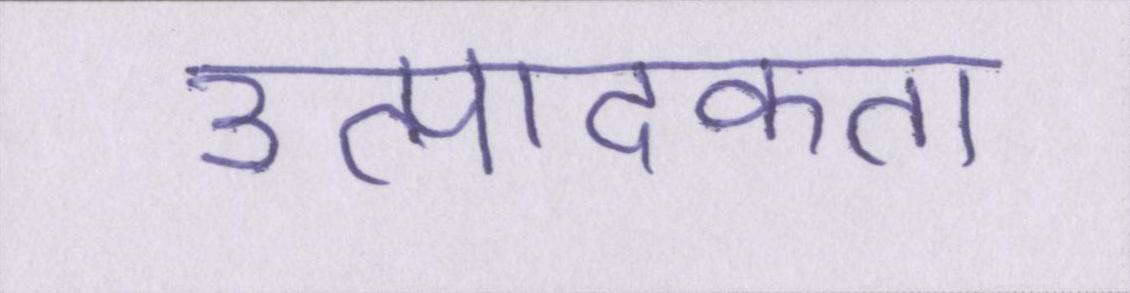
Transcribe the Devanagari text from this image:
उत्पादकता